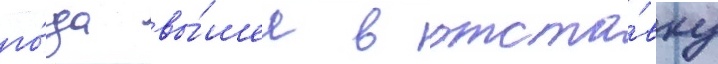
го́да вы́шел в отста́вку